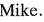
Mike.